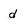
Character: d